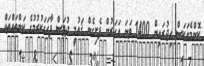
ކޮންމެއަކަސް ހިޖުރައިން 1400 ވަނަ އަހަރުން ފެށިގެން ޤައުމީ ދުވަސް ފާހަގަކުރުމުގެ ކަންތައްތައް